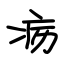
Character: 疬